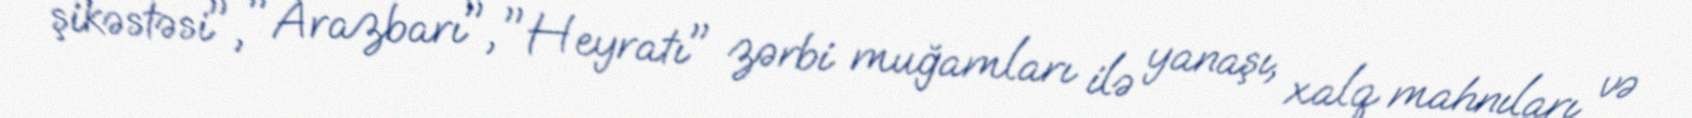
şikəstəsi", "Arazbarı", "Heyratı" zərbi muğamları ilə yanaşı, xalq mahnıları və